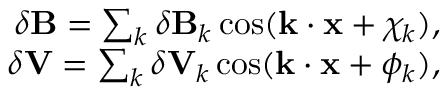
\begin{array} { r } { \delta \mathbf { B } = \sum _ { k } \delta \mathbf { B } _ { k } \cos ( \mathbf { k } \cdot \mathbf { x } + \chi _ { k } ) , } \\ { \delta \mathbf { V } = \sum _ { k } \delta \mathbf { V } _ { k } \cos ( \mathbf { k } \cdot \mathbf { x } + \phi _ { k } ) , } \end{array}